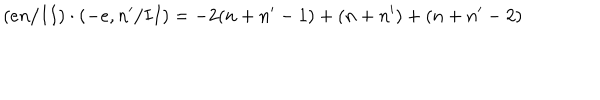
LaTeX: ( e n / I I ) \cdot ( - e , n ^ { \prime } / I I ) = - 2 ( n + n ^ { \prime } - 1 ) + ( n + n ^ { \prime } ) + ( n + n ^ { \prime } - 2 )